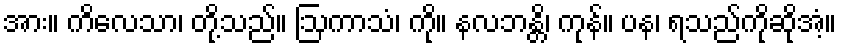
အား။ ကိလေသာ၊ တို့သည်။ ဩကာသံ၊ ကို။ နလဘန္တိ၊ ကုန်။ ပန၊ ရသည်ကိုဆိုအံ့။